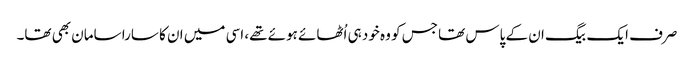
صرف ایک بیگ ان کے پاس تھا جس کو وہ خود ہی اُٹھائے ہوئے تھے، اسی میں ان کا سارا سامان بھی تھا۔